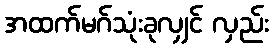
အထက်မဂ်သုံးခုလျှင် လှည်း